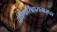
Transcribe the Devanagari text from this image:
दक्षिणासिंहासनारूढा